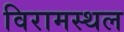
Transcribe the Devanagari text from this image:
विरामस्थल